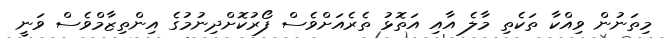
މިތަނުން ވިއްކާ ތަކެތި މާލެ އާއި އަތޮޅު ތެރެއަށްވެސް ފޯރުކޮށްދިނުމުގެ އިންތިޒާމްވެސް ވަނީ